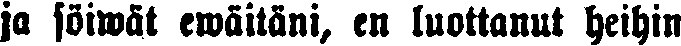
ja söiwät ewäitäni, en luottanut heihin